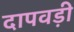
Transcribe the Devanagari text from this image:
दापवड़ी